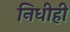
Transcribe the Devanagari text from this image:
निधीही